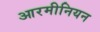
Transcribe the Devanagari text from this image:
आरमीनियन